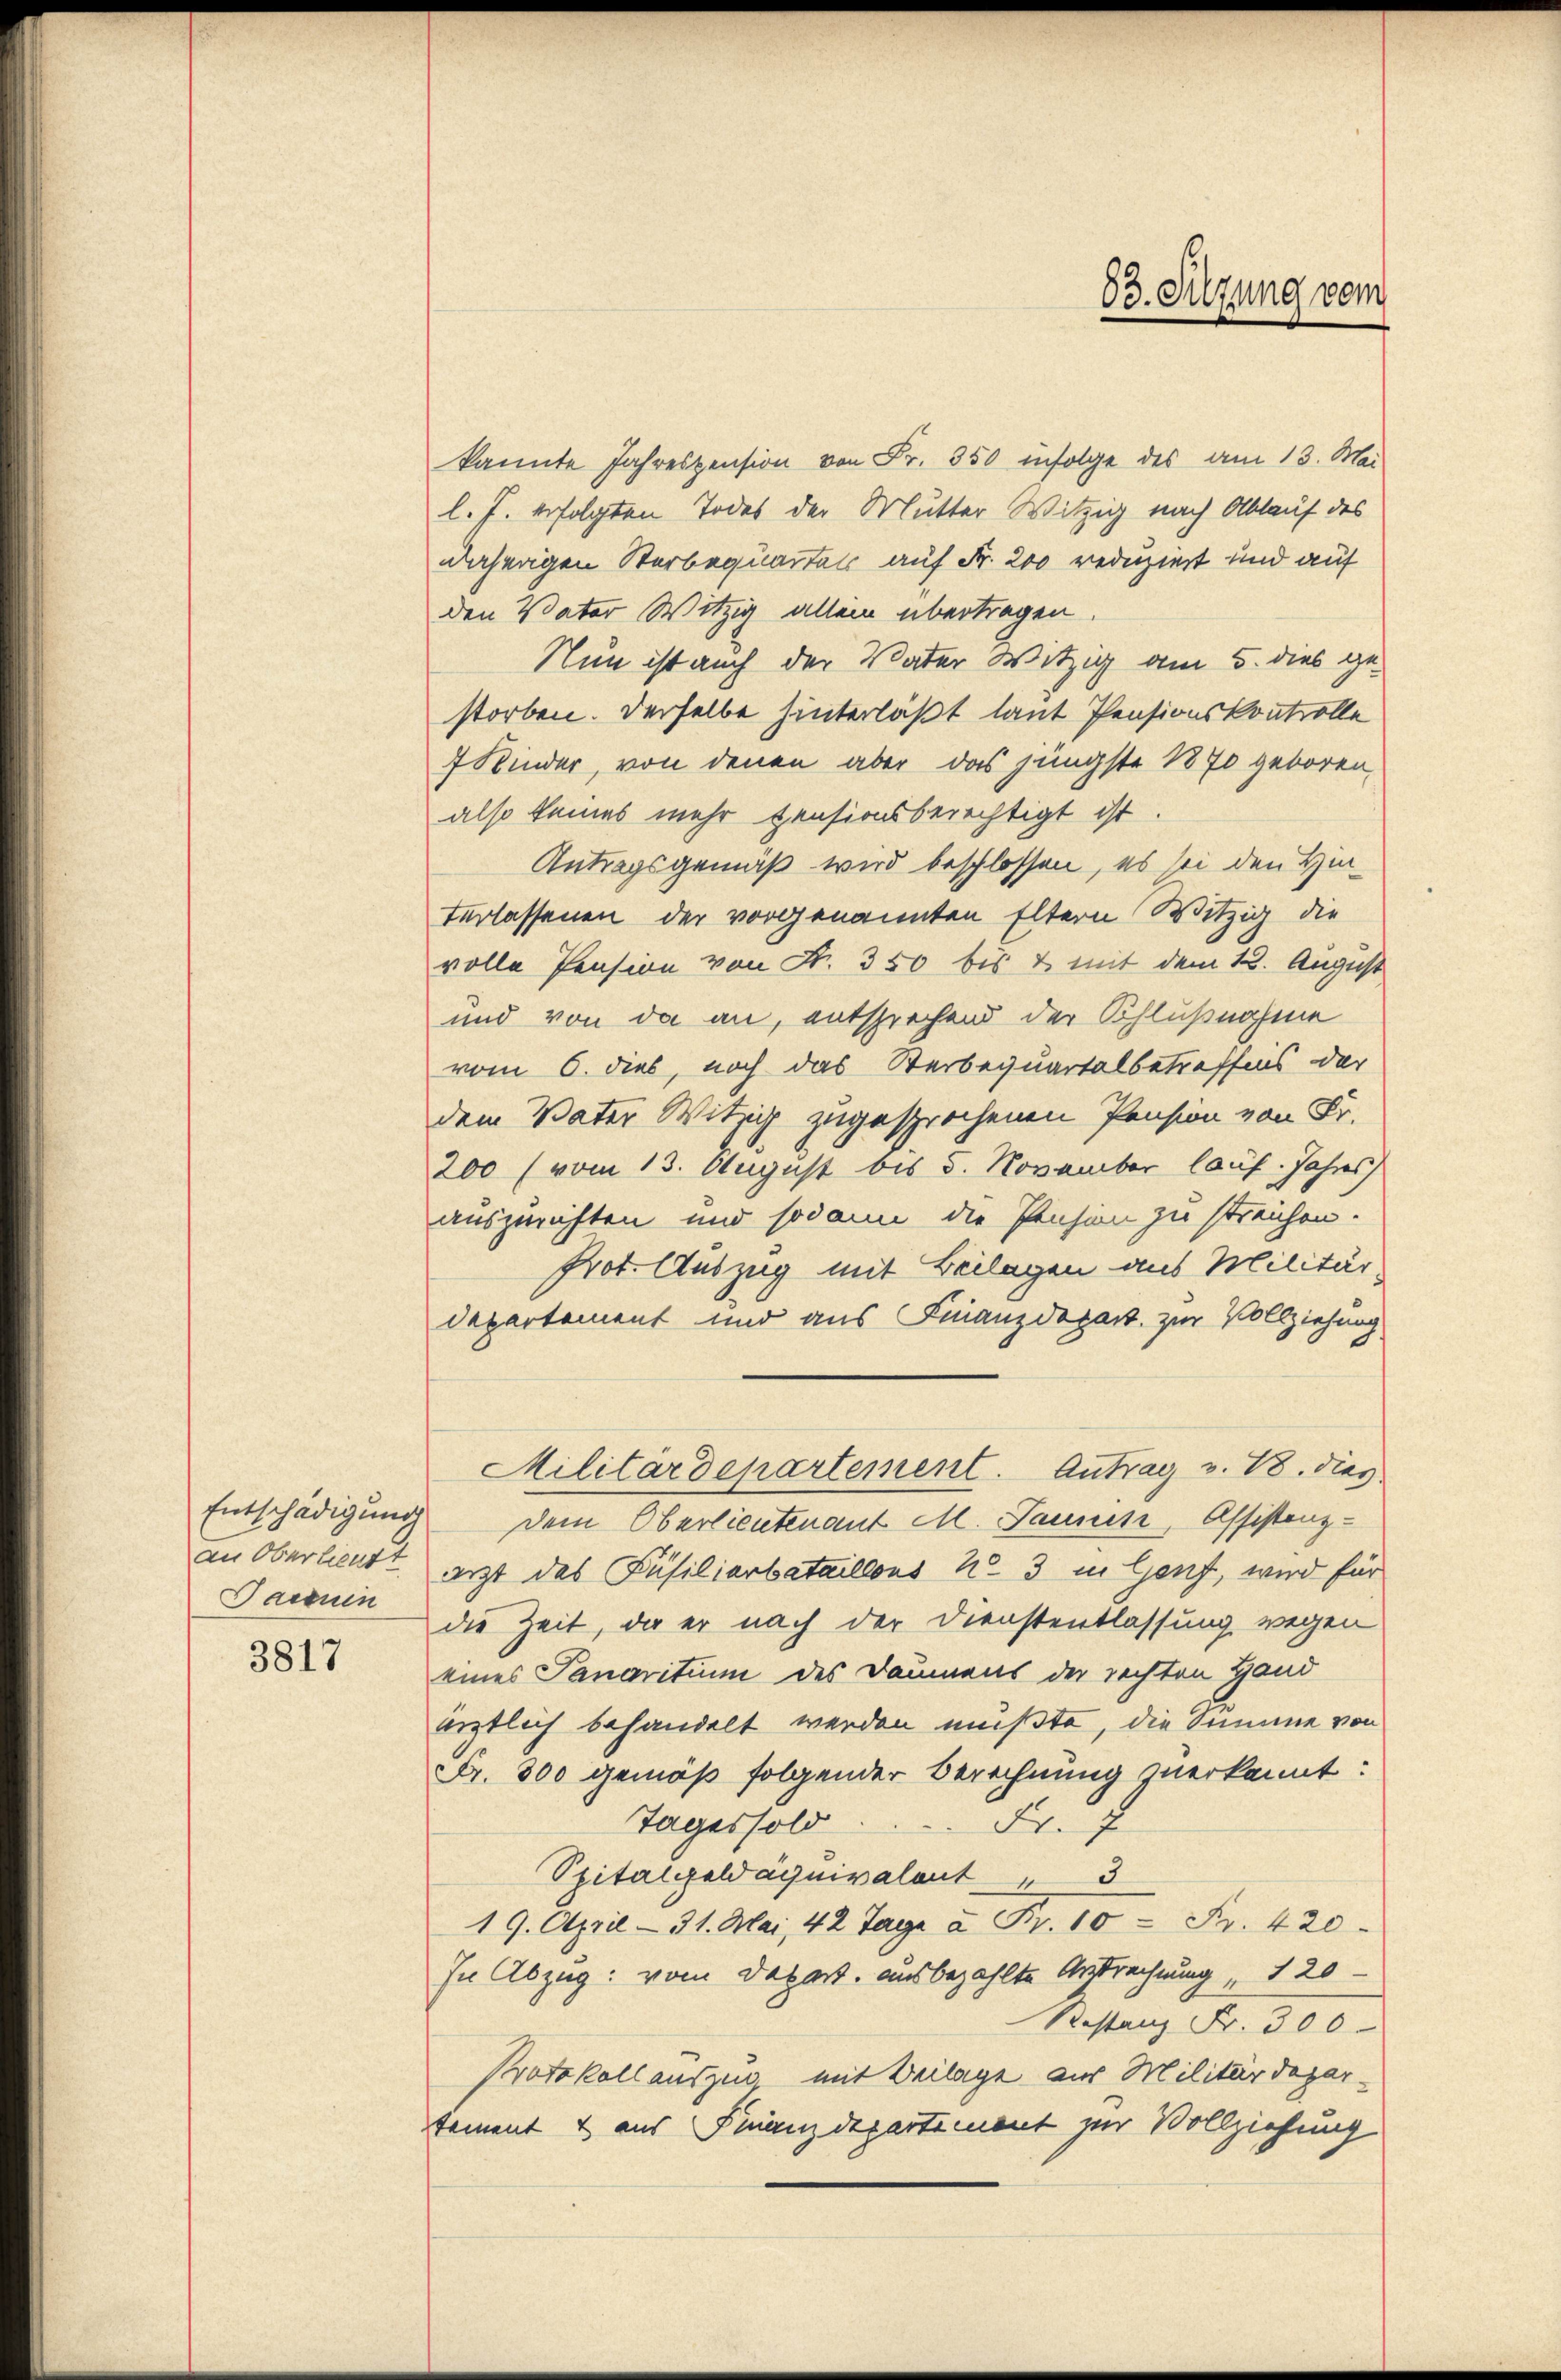
Entschädigung
an Oberlieut
Paceuin
3817

kannte Jahrespension von Fr. 350 infolge des am 13. Mai
l. J. erfolgten Todes der Mutter Witzig nach Ablauf des
daherigen Sterbequartal auf Fr. 200 reduziert und auf
den Vater Witzig allein übertragen.
Nun ist auch der Vater Witzig am 5. dies ge-
storben. Derselbe hinterläßt laut Pensionskontrolle
7 Kinder, von denen aber das jüngste 1870 geboren,
also keines mehr pensionsberechtigt ist
Antragsgemäß wird beschlossen, es sei den Hinterlassenen der vorgenannten Eltern Witzig die
volle Pension von S. 350 bis & mit dem 13. August
und von da an, entsprechend der Schlußnahme
vom 6. dies, noch das Serbequartalbetreffens der
dem Vater Witzig zugesprochenen Pension von Fr.
200 (vom 13. August bis 5. November lauf. Jahres,
auszurichten und sodann die Pension zu streichen.
Prot. Auszug mit Beilagen aus Militär-
departement und aus Finanzdepart zur Vollziehung
Militärdepartement. Antrag v. 18. dies
dem Oberlieutenant M. Jaunen, Assistenz-
arzt des Püsiliarbataillons No 3 in Genf, wird für
die Zeit, da er nach der Dienstentlassung wegen
eines Sanaritium des Daumens der rechten Hand
erztlich behandelt werden mußte, die Summe von
Fr. 300 gemäß folgender Berechnung verkannt:
Tages sold.
Fr. 7
Spitalgeld aquivalent " 3
19. April - 31. Mai, 42 Tage u. Fr. 10 Fr. 420
In Abzug: vom Depart. ausbezahlte Anstrechnung " 120
Restanz Fr. 300
Protokoll auszug mit Beilage aus Militärdepar-
tement & aus Finanzdepartement zur Vollziehung

83. Sitzung vom